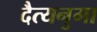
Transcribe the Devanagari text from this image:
दैत्यनुमा